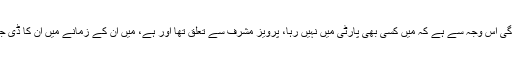
میری یہاں موجودگی اس وجہ سے ہے کہ میں کسی بھی پارٹی میں نہیں رہا، پرویز مشرف سے تعلق تھا اور ہے، میں ان کے زمانے میں ان کا ڈی جی آئی بی بھی تھا۔